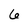
Character: 6